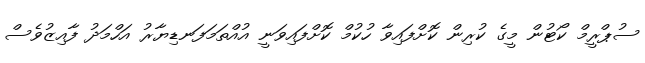
ސުޕްރީމް ކޯޓުން މީގެ ކުރިން ކޮށްފައިވާ ހުކުމް ކޮށްފައިވަނީ އުއްތަމަފަނޑިޔާރު އަހްމަދު ފާއިޒުވެސް